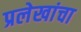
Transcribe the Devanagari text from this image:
प्रलेखांचा